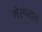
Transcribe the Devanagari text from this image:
मेरूनाल